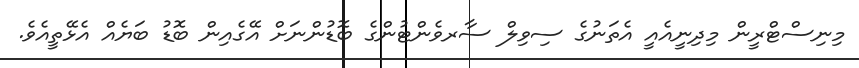
މިނިސްޓްރީން މިދިނީއެއީ އެތަނުގެ ސިވިލް ސާރވެންޓުންގެ ބޮޑުންނަށް އޭގެއިން ބޮޑު ބަޔެއް އެޅޭތީއެވެ.